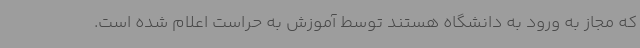
که مجاز به ورود به دانشگاه هستند توسط آموزش به حراست اعلام شده است.